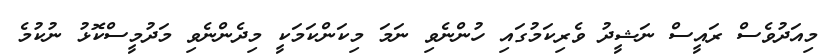
މިއަދުވެސް ރައީސް ނަޝީދު ވެރިކަމުގައި ހުންނެވި ނަމަ މިކަންކަމަކީ މިދެންނެވި މަދުމީސްކޮޅު ނުކުމެ